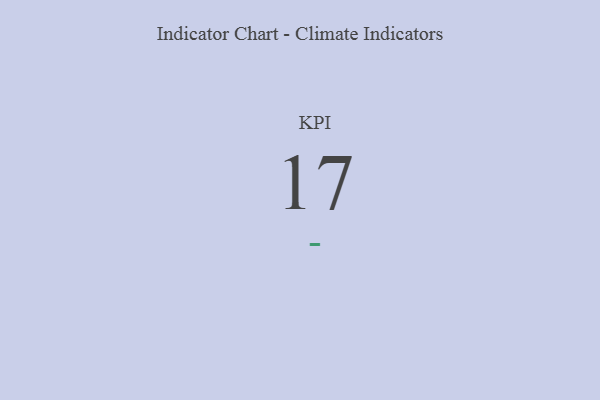
{"axis": {"x": "KPI", "y": "Value"}, "legend": [""], "data": [{"x": "KPI", "y": 17, "type": ""}]}